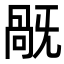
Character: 旤